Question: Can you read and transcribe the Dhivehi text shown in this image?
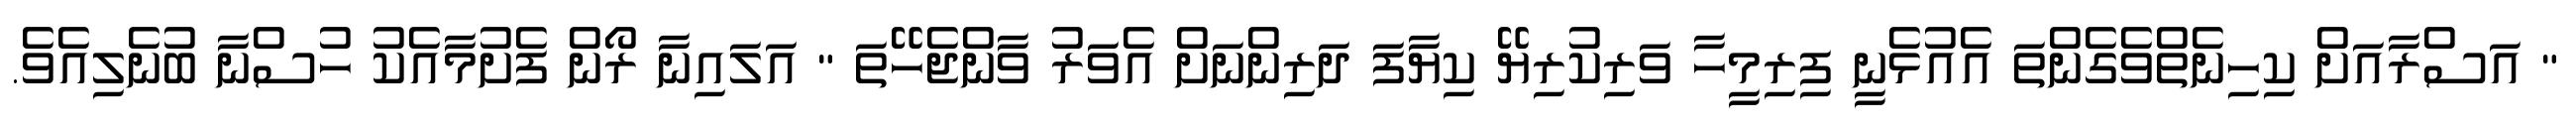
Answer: " އަސްރާއަށް ކިހިނެތްވެގެންތަ އެއުޅެނީ ފިރިމީހާ ވަރިކުރިޔޭ ކިޔާފަ ދަރިންނަށް އެވަރު ވާންޖެހޭތަ " އަލައިނާ ރޯން ފެށުމާއެކު ހުސްނާ ބުނެލިއެވެ.